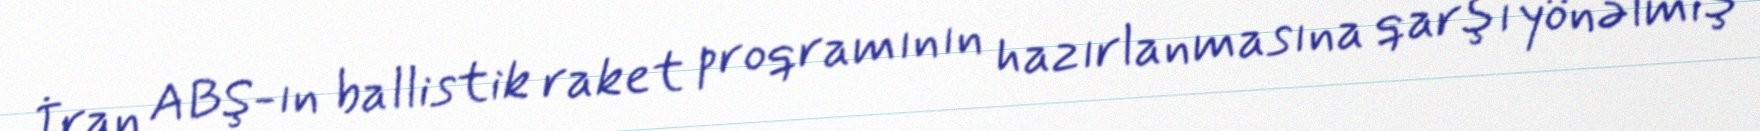
İran ABŞ-ın ballistik raket proqramının hazırlanmasına qarşı yönəlmiş